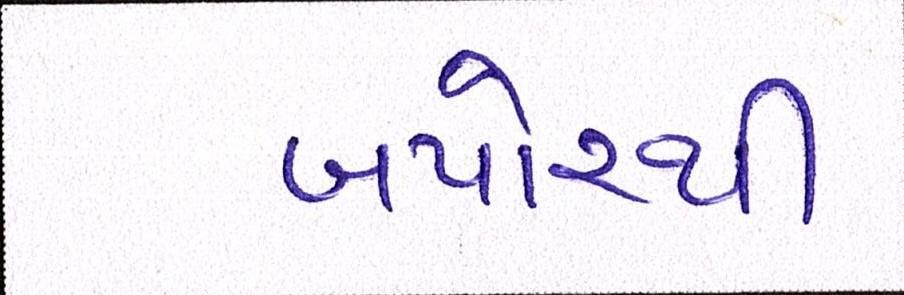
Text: બપોરથી